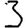
Digit: 3